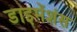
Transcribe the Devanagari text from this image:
डाइमेंशंस